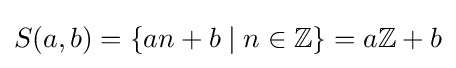
S(a,b)=\{an+b\mid n\in \mathbb {Z} \}=a\mathbb {Z} +b